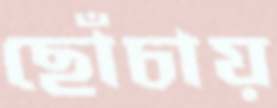
ছোঁচায়